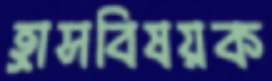
হ্রাসবিষয়ক